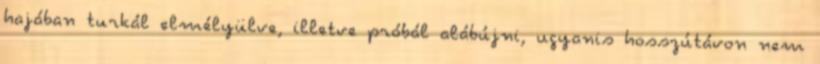
hajában turkál elmélyülve, illetve próbál alábújni, ugyanis hosszútávon nem